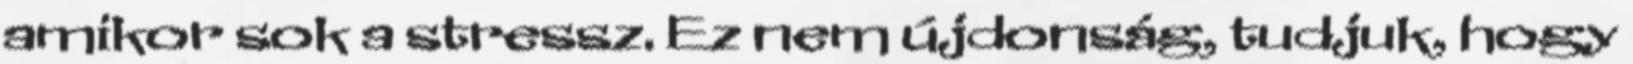
amikor sok a stressz. Ez nem újdonság, tudjuk, hogy